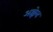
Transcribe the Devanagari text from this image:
अझ्रेल